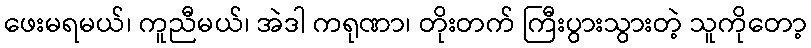
ဖေးမရမယ်၊ ကူညီမယ်၊ အဲဒါ ကရုဏာ၊ တိုးတက် ကြီးပွားသွားတဲ့ သူကိုတော့